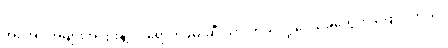
အင်အားအများအပြားနဲ့ ဝင်ရောက်ဖမ်းဆီးသွားတယ်လို့ ဒေသခံတွေက ပြောပါတယ်။